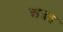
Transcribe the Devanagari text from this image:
अवद